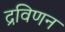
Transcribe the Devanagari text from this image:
द्रविणन